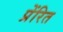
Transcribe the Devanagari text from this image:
प्रेंरित